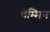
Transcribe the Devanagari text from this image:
चेम्मिन